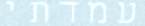
עמדתי